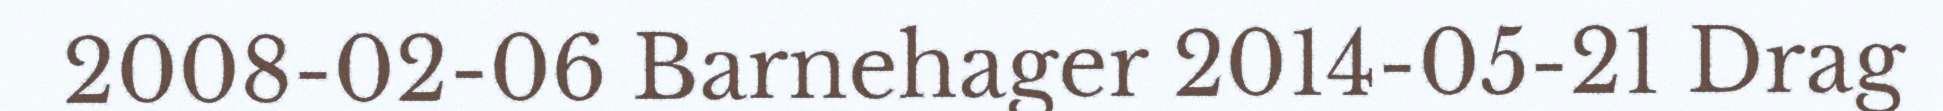
2008-02-06 Barnehager 2014-05-21 Drag